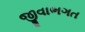
જીવાભગત